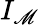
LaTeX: I_{\mathscr{M}}